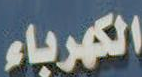
الكهرباء